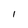
Character: I